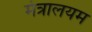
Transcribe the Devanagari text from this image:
मंत्रालयम